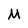
Character: M